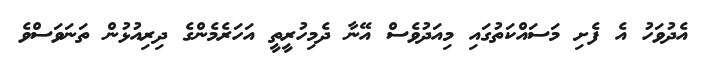
އެދުވަހު އެ ފެށި މަސައްކަތުގައި މިއަދުވެސް އޭނާ ދެމިހުރީތީ އަހަރެމެންގެ ދިރިއުޅުން ތަނަވަސްވެ